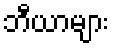
ဘီယာများ